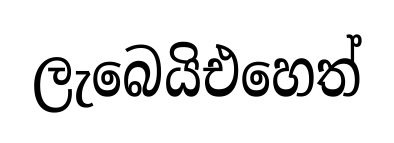
ලැබෙයිඑහෙත්